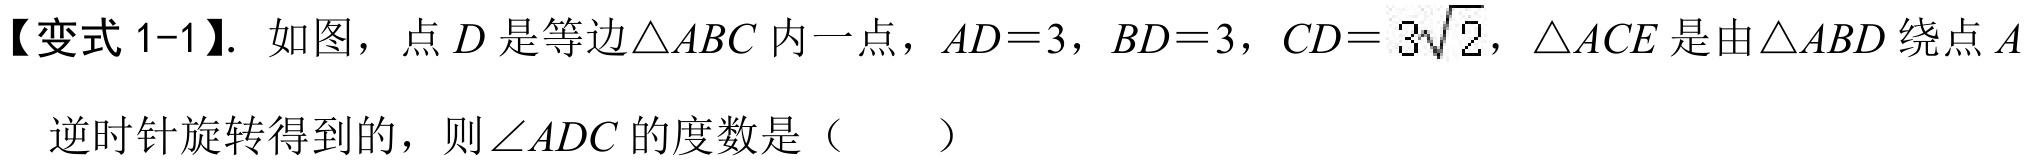
【变式 1-1】. 如图，点\(D\)是等边\(\triangle ABC\)内一点，\(AD = 3\)，\(BD = 3\)，\(CD = 3\sqrt{2}\)，\(\triangle ACE\)是由\(\triangle ABD\)绕点\(A\)逆时针旋转得到的，则\(\angle ADC\)的度数是（  ）